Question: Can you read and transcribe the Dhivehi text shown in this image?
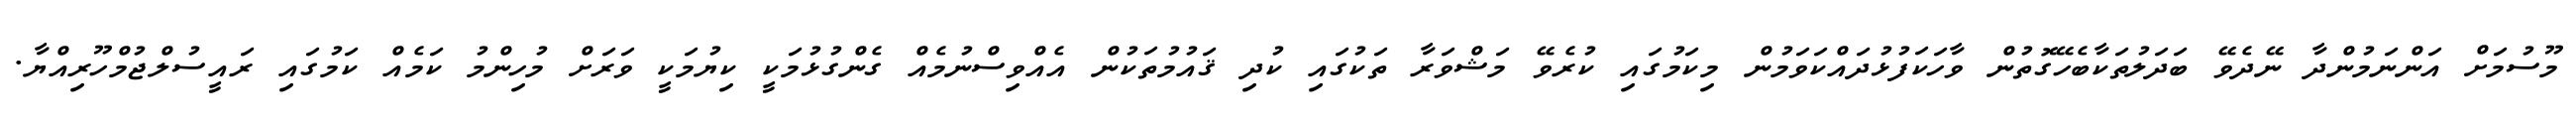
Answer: މޫސުމަށް އަންނަމުންދާ ނޭދެވޭ ބަދަލުތަކާބެހޭގޮތުން ވާހަކަފުޅުދައްކަވަމުން މިކަމުގައި ކުރެވޭ މަޝްވަރާ ތަކުގައި ކުދި ޤައުމުތަކުން އެއްވިސްނުމެއް ގެންގުޅުމަކީ ކިޔުމަކީ ވަރަށް މުހިންމު ކަމެއް ކަމުގައި ރައީސުލްޖުމްހޫރިއްޔާ.